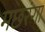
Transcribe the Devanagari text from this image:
मछरंगा